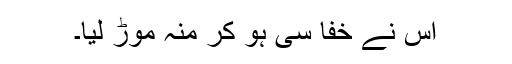
اس نے خفا سی ہو کر منہ موڑ لیا۔